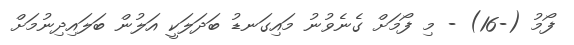
ފޯމު (-16) - މި ފޯމަށް ގެނެވުނު މައިގަނޑު ބަދަލަކީ އަލުން ބަލައިދިނުމަށް